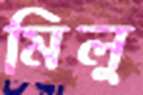
মিলু